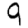
Digit: 9